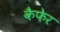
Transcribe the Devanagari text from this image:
कैफेर